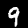
Digit: 9